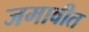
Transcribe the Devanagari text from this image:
जमावीत